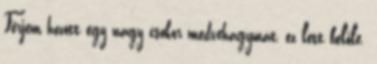
Férjem hozott egy nagy csokor medvehagymát, ez lett belőle.